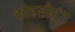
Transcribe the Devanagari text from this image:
कोहसीयूंग